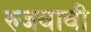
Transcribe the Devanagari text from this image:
रुजवावी